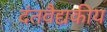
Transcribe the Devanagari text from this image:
दंतवैद्यकीय